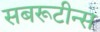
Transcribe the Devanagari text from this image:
सबरूटीन्स